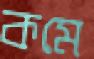
কমে